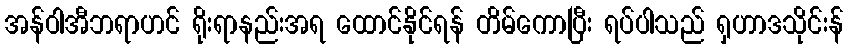
အန်ဝါအီဘရာဟင် ရိုးရာနည်းအရ ထောင်နိုင်ရန် တိမ်ကောပြီး ရပ်ပါသည် ရှဟာဒသိုင်းန်